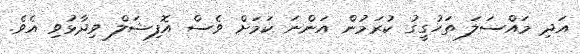
އަދި މައްސަލަ ތަހުގީގު ކުރަމުން އަންނަ ކަމަށް ވެސް އޮފިޝަލް ވިދާޅުވި އެވެ.